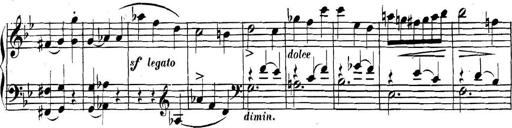
Title: Collected Piano Sonatas
Composer: Muzio Clementi